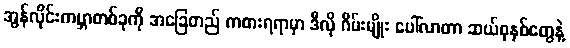
အွန်လိုင်းကမ္ဘာတစ်ခုကို အခြေတည် ကစားရရာမှာ ဒီလို ဂိမ်းမျိုး ပေါ်လာတာ ဆယ်စုနှစ်တွေနဲ့